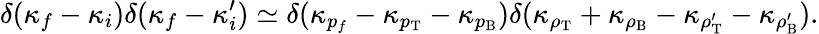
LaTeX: \delta(\kappa_{f}-\kappa_{i})\delta(\kappa_{f}-\kappa_{i}^{\prime})\simeq\delta(\kappa_{p_{f}}-\kappa_{p_{\mathrm{T}}}-\kappa_{p_{\mathrm{B}}})\delta(\kappa_{\rho_{\mathrm{T}}}+\kappa_{\rho_{\mathrm{B}}}-\kappa_{\rho_{\mathrm{T}}^{\prime}}-\kappa_{\rho_{\mathrm{B}}^{\prime}}).